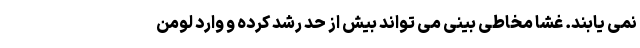
نمی یابند. غشا مخاطی بینی می تواند بیش از حد رشد کرده و وارد لومن